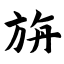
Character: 旃